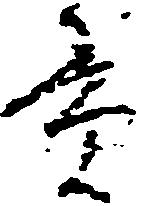
貫